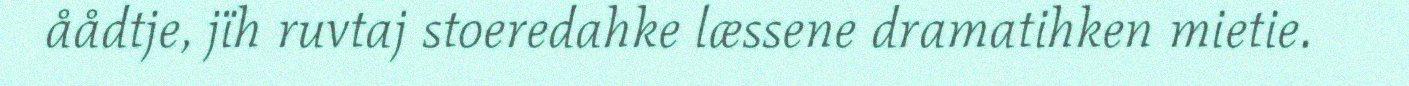
åådtje, jïh ruvtaj stoeredahke læssene dramatihken mietie.